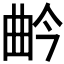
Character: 𭨛